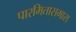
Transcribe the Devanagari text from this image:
पारमितासमास